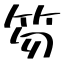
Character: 笏